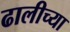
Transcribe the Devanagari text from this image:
ढालीच्या